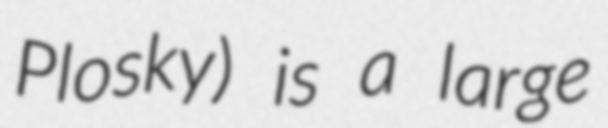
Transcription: Plosky) is a large